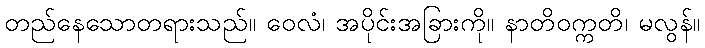
တည်နေသောတရားသည်။ ဝေလံ၊ အပိုင်းအခြားကို။ နာတိဝက္ကတိ၊ မလွန်။